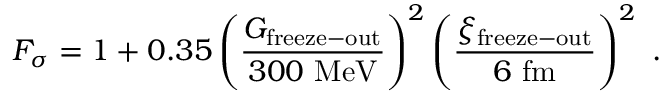
F _ { \sigma } = 1 + 0 . 3 5 \left( \frac { G _ { \mathrm { f r e e z e - o u t } } } { 3 0 0 \ \mathrm { M e V } } \right) ^ { 2 } \left( \frac { \xi _ { \mathrm { f r e e z e - o u t } } } { 6 \ \mathrm { f m } } \right) ^ { 2 } \ .